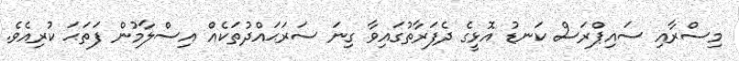
މިސްރާއި ސައިޕްރަސް ކަނޑު އޮޅީގެ ދެފަރާތުގައިވާ ގިނަ ސަރަޙައްދުތަކެއް އިސްލާމުން ފަތަޙަ ކުރިއެވެ.